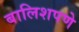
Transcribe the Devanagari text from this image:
बालिशपणे